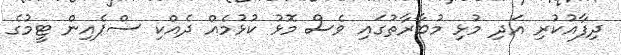
ދިފާއުކުރި އަދި މުޅި މުބާރާތުގައި ވެސް މޮޅު ކުޅުމެއް ދެއްކި ސްޕެއިން ޓީމުގެ